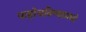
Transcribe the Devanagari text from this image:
पाहोचविण्यामध्ये